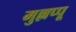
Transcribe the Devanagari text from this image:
मुल्लप्पू